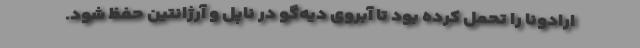
ارادونا را تحمل کرده بود تا آبروی دیه‌گو در ناپل و آرژانتین حفظ شود.